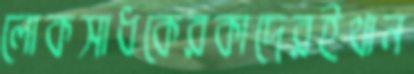
লোকসাধকেরকাদেরইথান